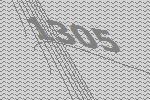
1305